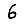
Digit: 6